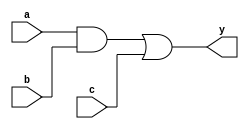
module simple_continuous_assignment (
    input  wire  a,      // Input signal a
    input  wire  b,      // Input signal b
    input  wire  c,      // Input signal c
    output wire  y       // Output signal y
);

// Continuous assignment for combinational logic
assign y = (a & b) | c; // y is true if both a and b are true, or if c is true

endmodule